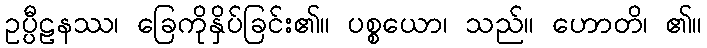
ဥပ္ပီဠနဿ၊ ခြေကိုနှိပ်ခြင်း၏။ ပစ္စယော၊ သည်။ ဟောတိ၊ ၏။